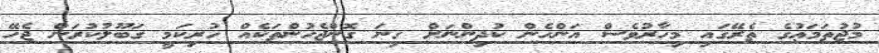
މުޖުތަމަޢުގެ ތެރޭގައި މިހާރުވެސް އަންހެން ކުދިންނަށް ގިނަ ގޮންޖެހުންތަކެއް ހުރިކަމީ ގަބޫލުކުރަން ޖެހޭ